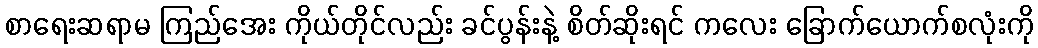
စာရေးဆရာမ ကြည်အေး ကိုယ်တိုင်လည်း ခင်ပွန်းနဲ့ စိတ်ဆိုးရင် ကလေး ခြောက်ယောက်စလုံးကို